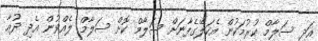
އަދި ސަލާމް ކުރުމަކުން އެކަލޭގެފާނަށް ސަލާމް ކޮށް ސަލާމް ލެއްވުން އެދި ދުޢާ